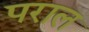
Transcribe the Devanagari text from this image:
पराल